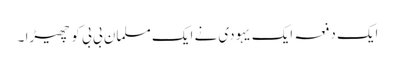
ایک دفعہ ایک یہودی نے ایک مسلمان بی بی کو چھیڑا ۔